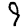
Digit: 9